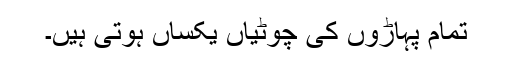
تمام پہاڑوں کی چوٹیاں یکساں ہوتی ہیں۔